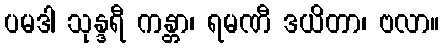
ပမဒါ သုန္ဒရီ ကန္တာ၊ ရမဏီ ဒယိတာ၊ ဗလာ။